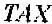
TAX